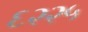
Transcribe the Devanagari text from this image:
६२२५